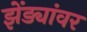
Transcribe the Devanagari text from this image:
झेंड्यांवर